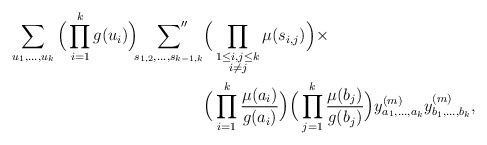
\begin{align*}\sum_{u_1, \ldots, u_k}\Big(\prod_{i = 1}^k g(u_i)\Big) \sideset{}{''}\sum_{s_{1, 2}, \ldots, s_{k-1, k}} &\Big(\prod_{\substack{1 \leq i, j \leq k \\ i \neq j}} \mu(s_{i, j})\Big) \times \\ & \Big(\prod_{i=1}^k \frac{\mu(a_i)}{g(a_i)}\Big)\Big(\prod_{j=1}^k \frac{\mu(b_j)}{g(b_j)}\Big) y^{(m)}_{a_1, \ldots, a_k} y^{(m)}_{b_1, \ldots, b_k},\end{align*}